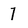
Character: 7